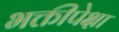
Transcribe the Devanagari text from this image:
भक्तीपेक्षा